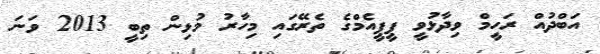
އަބްދުއް ރަހީމް ވިދާޅުވީ ޕީޕީއެމްގެ ތެރޭގައި މިހާރު މުޅިން ތިބީ 2013 ވަނަ